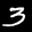
Label: 3